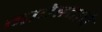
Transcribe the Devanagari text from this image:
नादेझ्दाचे